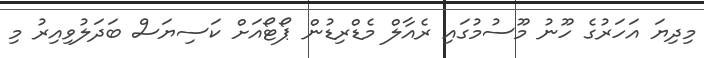
މިދިޔަ އަހަރުގެ ހޫނު މޫސުމުގައި ރެއާލް މެޑްރިޑުން ޕޯޓޯއަށް ކަސިޔަސް ބަދަލުވިއިރު މި